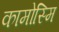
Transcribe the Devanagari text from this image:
कामोस्मि